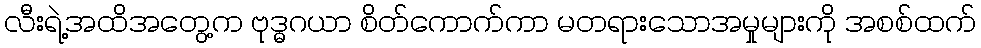
လီးရဲ့အထိအတွေ့က ဗုဒ္ဓဂယာ စိတ်ကောက်ကာ မတရားသောအမှုများကို အစစ်ထက်